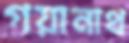
গয়ানাথ